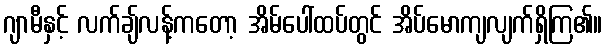
ဂျာမီနှင့် လက်ချ်လန့်ကတော့ အိမ်ပေါ်ထပ်တွင် အိပ်မောကျလျက်ရှိကြ၏။